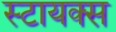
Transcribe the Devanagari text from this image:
स्टायक्स